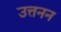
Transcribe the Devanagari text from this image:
उत्तनन